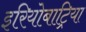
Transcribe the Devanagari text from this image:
इरियोबाट्रिया